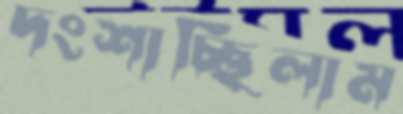
দংশাচ্ছিলাম